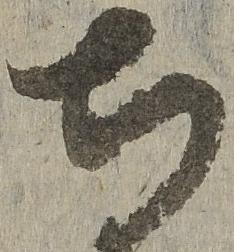
寺